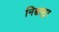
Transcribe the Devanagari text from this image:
निम्नासुर